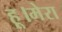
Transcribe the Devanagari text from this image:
हू।मेरा